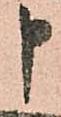
申